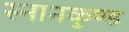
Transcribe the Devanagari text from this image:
स्‍नानकुण्‍ड